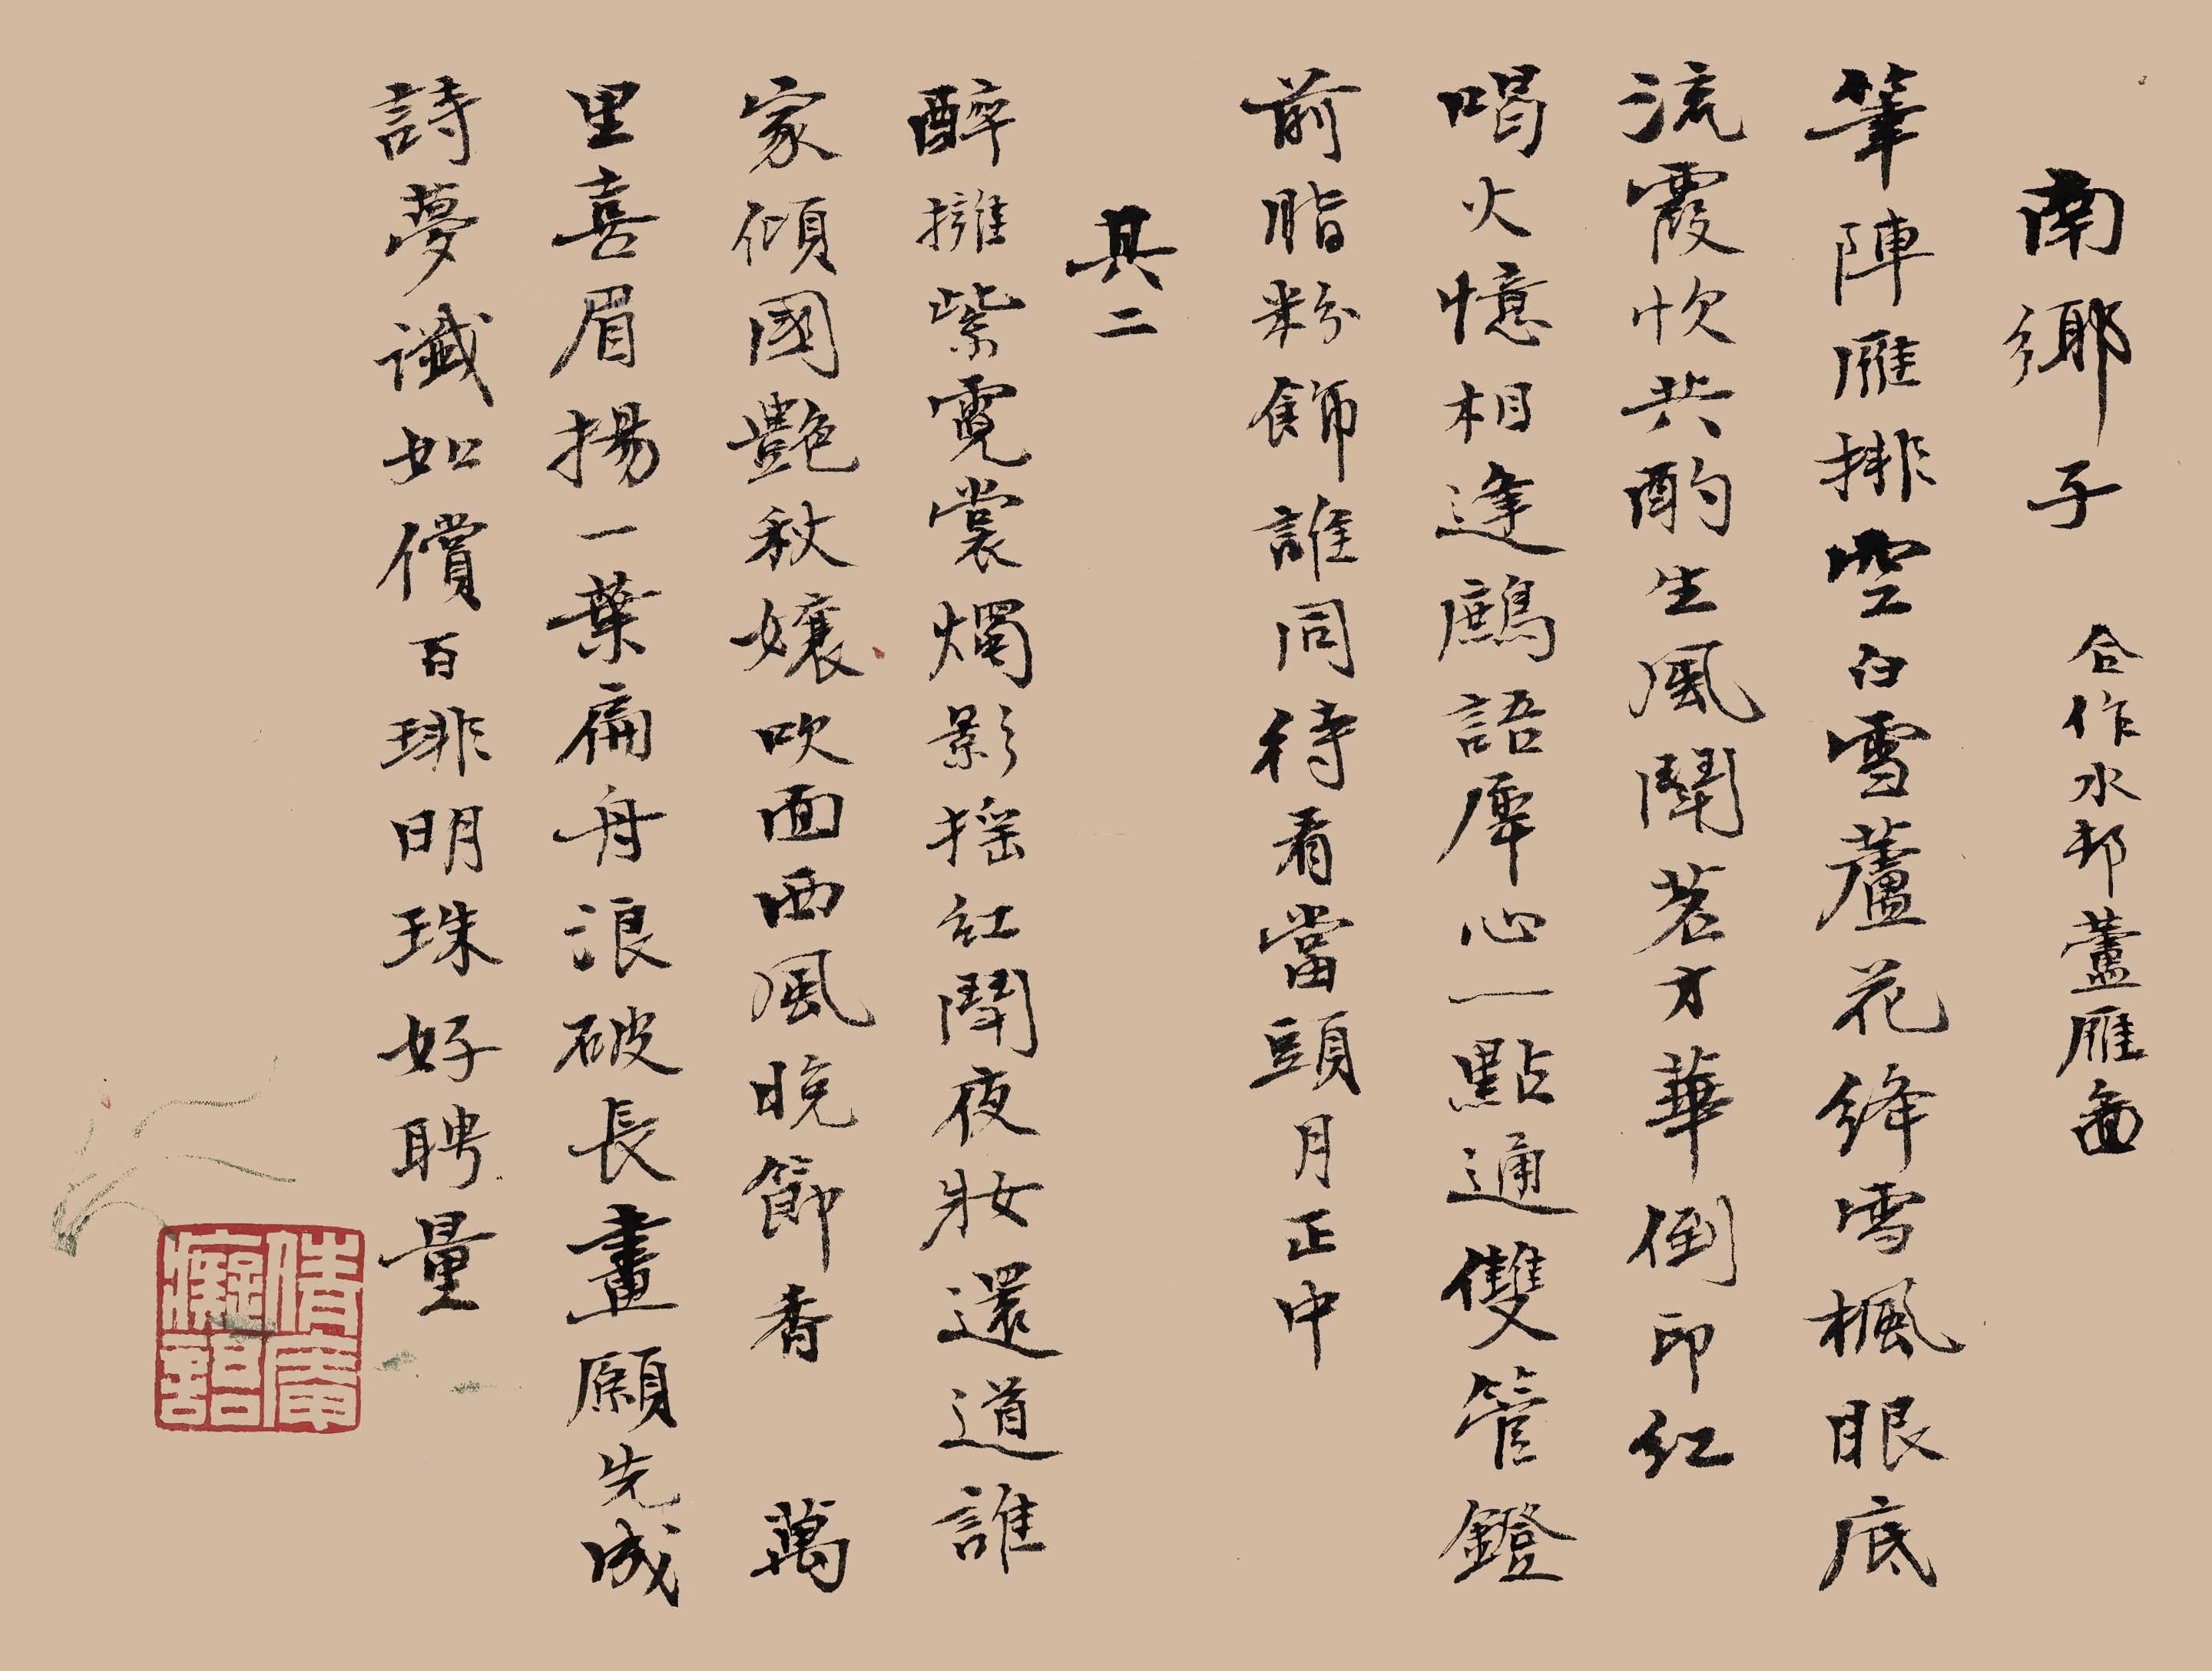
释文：南乡子，合作水村芦雁图。笔阵雁排空。白雪芦花绛雪枫。眼底流霞忺共酌，生风。斗茗才华倒印红。喝火忆相逢。鹧语犀心一点通。双管灯前脂粉饰，谁同。待看当头月正中。其二。醉拥紫霓裳。烛影摇红斗夜妆。还道谁家倾国艳，秋娘。吹面西风晚节香。万里喜眉扬。一叶扁舟浪破长。画愿先成诗梦谶，如偿。百琲明珠好聘量。倩庵痴语